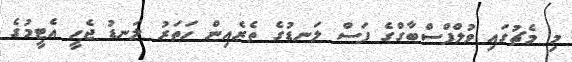
މި މެޗުގައި ވުލްފްސްބާގްގެ ފަސް ލަނޑުގެ ތެރެއިން ހަތަރު ލަނޑު ޖެހީ އެޓީމުގެ